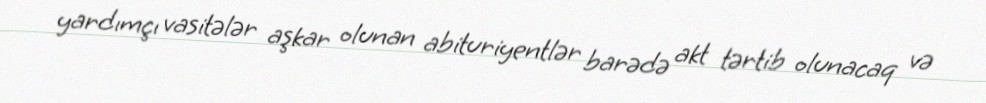
yardımçı vasitələr aşkar olunan abituriyentlər barədə akt tərtib olunacaq və